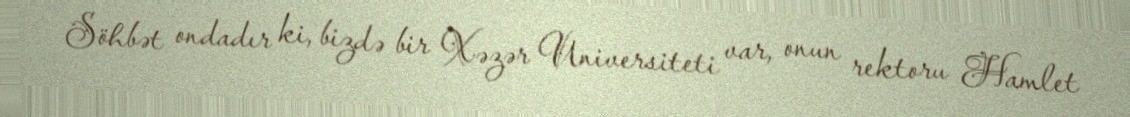
Söhbət ondadır ki, bizdə bir Xəzər Universiteti var, onun rektoru Hamlet